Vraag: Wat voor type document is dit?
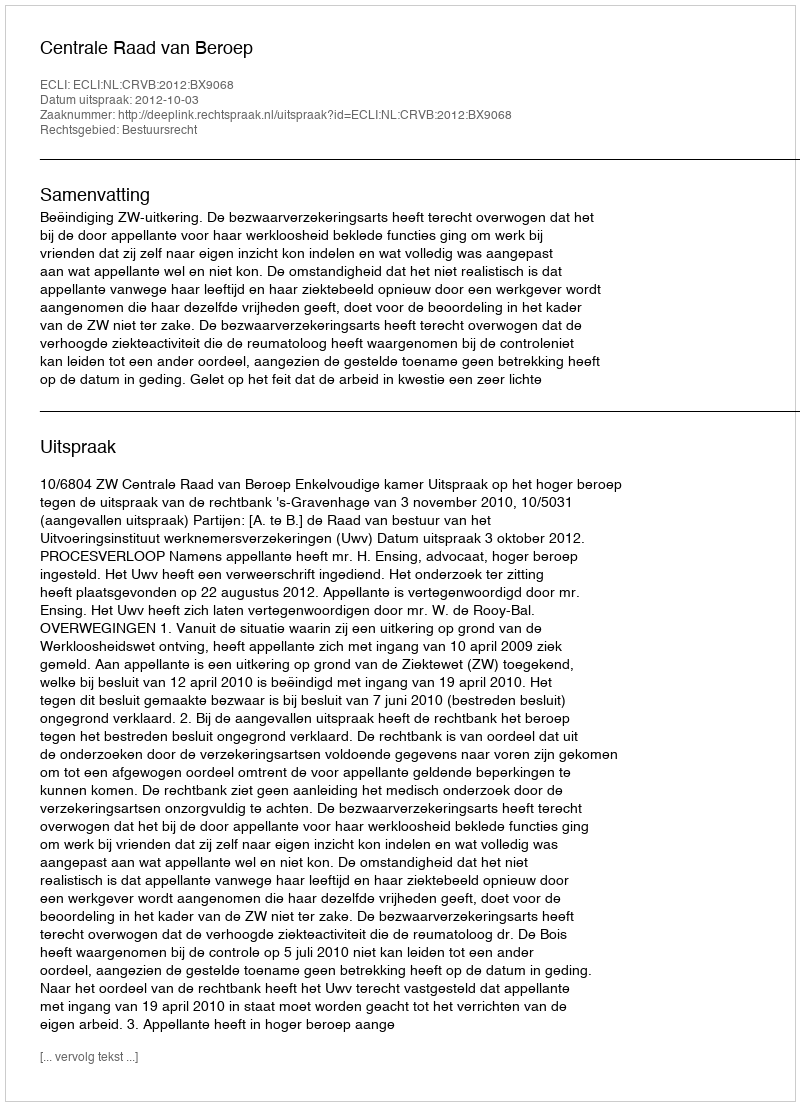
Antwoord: Uitspraak